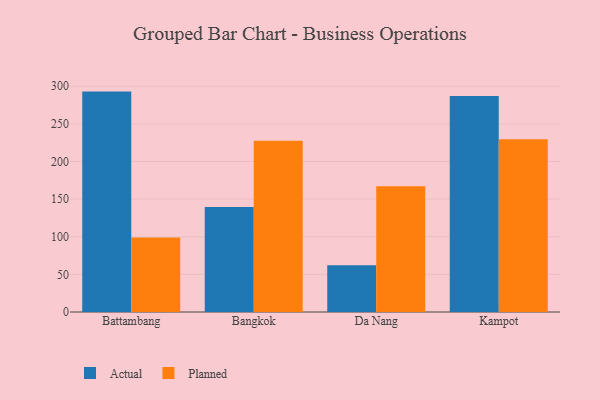
{"axis": {"x": "City", "y": "Headcount"}, "legend": ["Actual", "Planned"], "data": [{"x": "Battambang", "y": 292.9, "type": "Actual"}, {"x": "Battambang", "y": 99.0, "type": "Planned"}, {"x": "Bangkok", "y": 139.6, "type": "Actual"}, {"x": "Bangkok", "y": 227.7, "type": "Planned"}, {"x": "Da Nang", "y": 62.1, "type": "Actual"}, {"x": "Da Nang", "y": 167.1, "type": "Planned"}, {"x": "Kampot", "y": 287.2, "type": "Actual"}, {"x": "Kampot", "y": 229.7, "type": "Planned"}]}